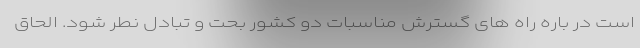
است در باره راه های گسترش مناسبات دو کشور بحت و تبادل نطر شود. الحاق